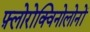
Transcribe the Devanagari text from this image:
फ़्लोरोक्विनोलोनों